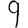
Digit: 9